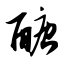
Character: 醣